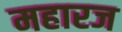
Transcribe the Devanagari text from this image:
महारज